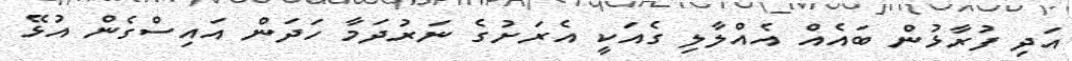
އަދި ފުރާޅުން ބައެއް އެއްލާލި ގެއަކީ އެރަށުގެ ނަރުދަމާ ހަދަން އައިސްގެން އުޅޭ